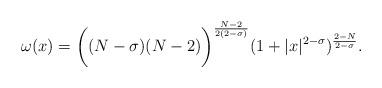
LaTeX: \begin{align*}\omega(x)=\biggl((N-\sigma)(N-2)\biggl)^{\frac{N-2}{2(2-\sigma)}}(1+|x|^{2-\sigma})^{\frac{2-N}{2-\sigma}}.\end{align*}